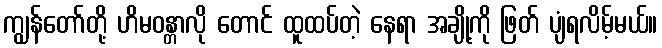
ကျွန်တော်တို့ ဟိမဝန္တာလို တောင် ထူထပ်တဲ့ နေရာ အချို့ကို ဖြတ် ပျံရလိမ့်မယ်။